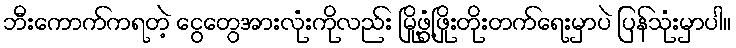
ဘီးကောက်ကရတဲ့ ငွေတွေအားလုံးကိုလည်း မြို့ဖွံ့ဖြိုးတိုးတက်ရေးမှာပဲ ပြန်သုံးမှာပါ။